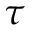
\tau